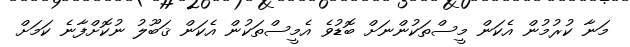
މަނާ ކުރުމުން އެކަން މީސްތަކުންނަށް ބޮޑުވެ އެމީސްތަކުން އެކަން ޤަބޫލު ނުކޮށްފާނެ ކަމަށް